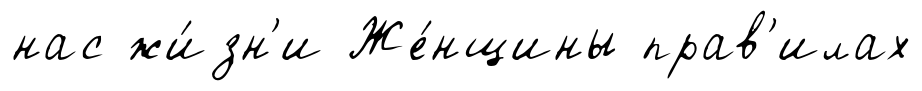
нас жи́зн'и Же́нщины прав'илах